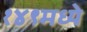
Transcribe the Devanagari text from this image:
१४९मध्ये